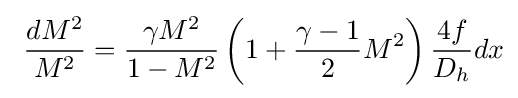
\ {\frac {dM^{2}}{M^{2}}}={\frac {\gamma M^{2}}{1-M^{2}}}\left(1+{\frac {\gamma -1}{2}}M^{2}\right){\frac {4f}{D_{h}}}dx